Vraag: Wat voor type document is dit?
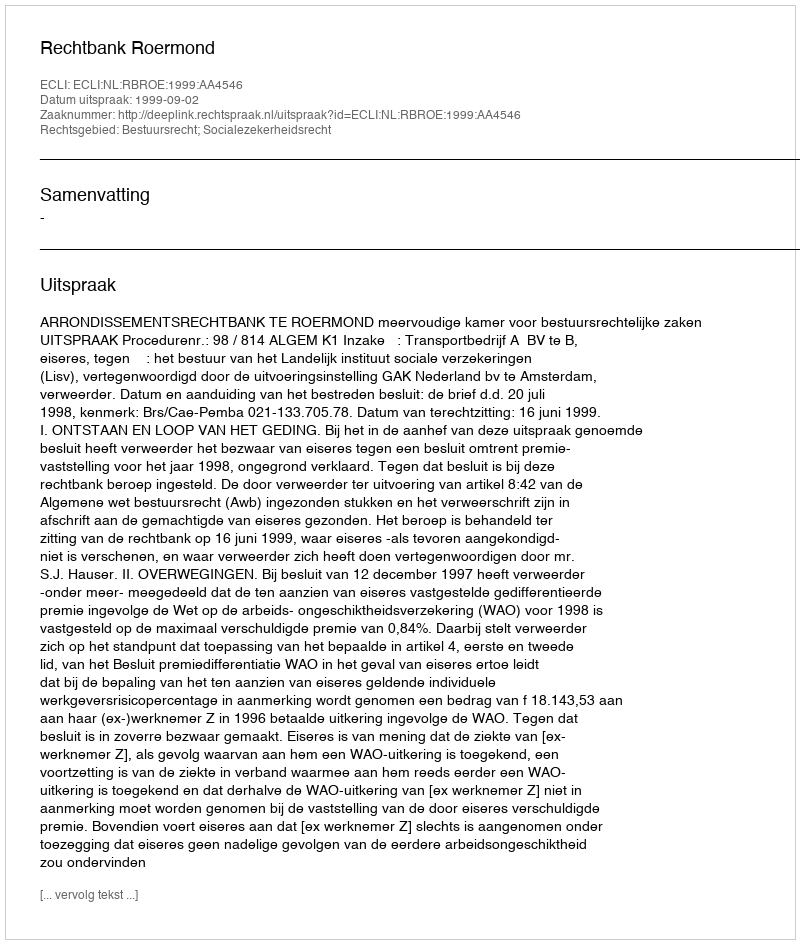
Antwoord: Uitspraak